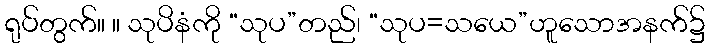
ရုပ်တွက်။ ။ သုပိနံကို “သုပ”တည်၊ “သုပ=သယေ”ဟူသောအနက်၌